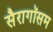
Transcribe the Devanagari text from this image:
सैरागॉसम